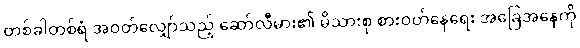
တစ်ခါတစ်ရံ အဝတ်လျှော်သည့် ဆော်လီမား၏ မိသားစု စားဝတ်နေရေး အခြေအနေကို